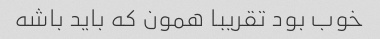
خوب بود تقریبا همون که باید باشه